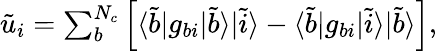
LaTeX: \begin{array}{r}{\tilde{u}_{i}=\sum_{b}^{N_{c}}\left[\langle\tilde{b}|g_{bi}|\tilde{b}\rangle|\tilde{i}\rangle-\langle\tilde{b}|g_{bi}|\tilde{i}\rangle|\tilde{b}\rangle\right],}\end{array}